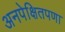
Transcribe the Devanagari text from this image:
अनपेक्षितपणा